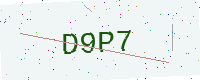
Text: D9P7